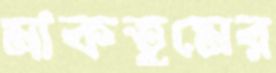
মাকতুমের